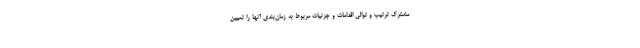
مشترک ترتیب و توالی اقدامات و جزئیات مربوط به زمان‌بندی آنها را تعیین